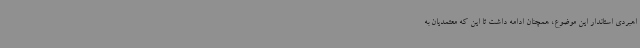
اهبردی استاندار این موضوع، همچنان ادامه داشت تا این که معتمدیان به